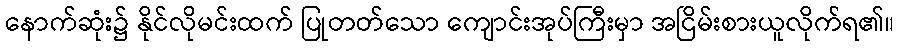
နောက်ဆုံး၌ နိုင်လိုမင်းထက် ပြုတတ်သော ကျောင်းအုပ်ကြီးမှာ အငြိမ်းစားယူလိုက်ရ၏။